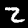
Digit: 2